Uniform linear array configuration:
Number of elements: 4
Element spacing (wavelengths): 0.5
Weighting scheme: cosine
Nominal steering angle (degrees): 30
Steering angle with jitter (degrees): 28.508
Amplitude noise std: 0.05
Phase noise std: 0.05

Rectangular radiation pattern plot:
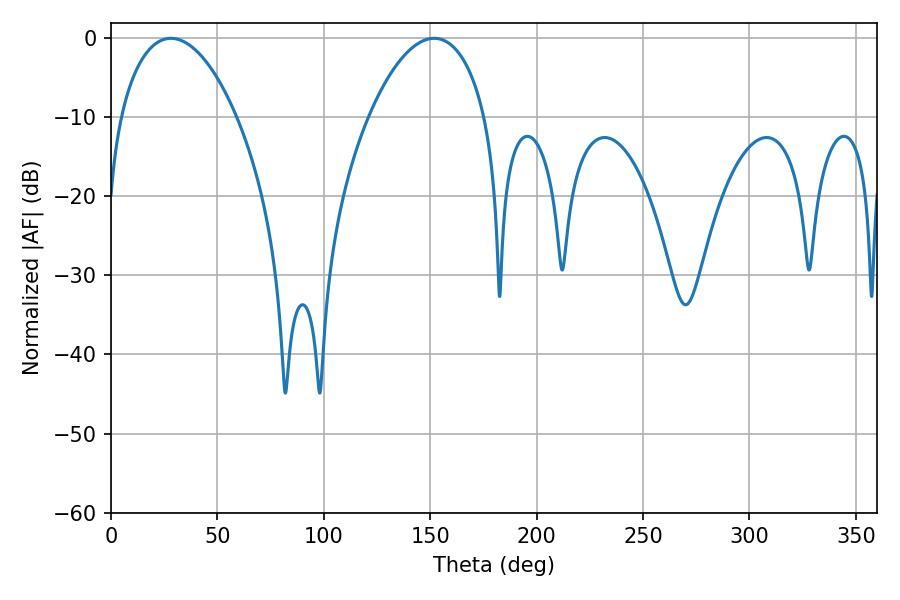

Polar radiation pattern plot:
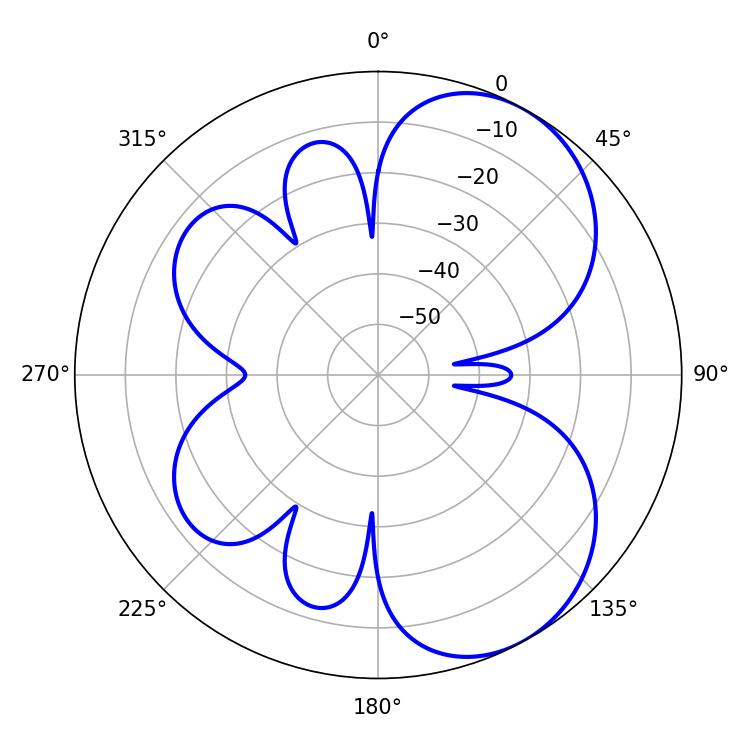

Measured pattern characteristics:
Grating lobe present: FALSE
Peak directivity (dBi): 5.915
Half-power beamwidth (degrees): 30.96
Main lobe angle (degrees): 28.08